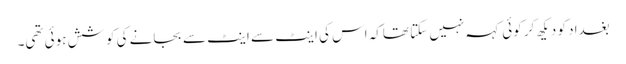
بغداد کو دیکھ کر کوئی کہہ نہیں سکتا تھاکہ اس کی اینٹ سے اینٹ سے بجانے کی کوشش ہوئی تھی۔